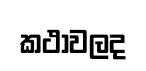
කථාවලද